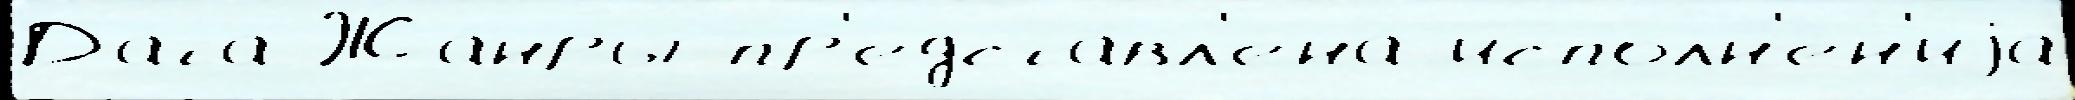
Да́та Жа́нры пр'едста́вл'ена исполн'е́н'иjа